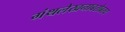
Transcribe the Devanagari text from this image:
गंथलेखनाबरोबरच